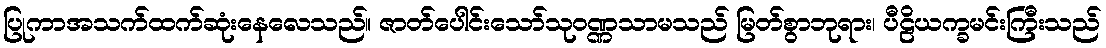
ပြုကာအသက်ထက်ဆုံးနေလေသည်။ ဇာတ်ပေါင်းသော်သုဝဏ္ဏသာမသည် မြတ်စွာဘုရား၊ ပီဠိယက္ခမင်းကြီးသည်